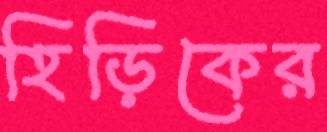
হিড়িকের